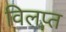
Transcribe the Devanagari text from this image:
विलप्त